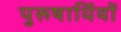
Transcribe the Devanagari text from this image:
पुरूषार्थियों